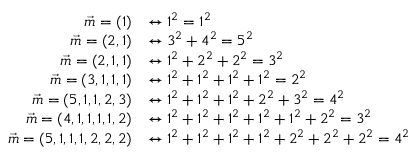
{ \begin{array} { r l } { { \vec { m } } = ( 1 ) } & { \leftrightarrow 1 ^ { 2 } = 1 ^ { 2 } } \\ { { \vec { m } } = ( 2 , 1 ) } & { \leftrightarrow 3 ^ { 2 } + 4 ^ { 2 } = 5 ^ { 2 } } \\ { { \vec { m } } = ( 2 , 1 , 1 ) } & { \leftrightarrow 1 ^ { 2 } + 2 ^ { 2 } + 2 ^ { 2 } = 3 ^ { 2 } } \\ { { \vec { m } } = ( 3 , 1 , 1 , 1 ) } & { \leftrightarrow 1 ^ { 2 } + 1 ^ { 2 } + 1 ^ { 2 } + 1 ^ { 2 } = 2 ^ { 2 } } \\ { { \vec { m } } = ( 5 , 1 , 1 , 2 , 3 ) } & { \leftrightarrow 1 ^ { 2 } + 1 ^ { 2 } + 1 ^ { 2 } + 2 ^ { 2 } + 3 ^ { 2 } = 4 ^ { 2 } } \\ { { \vec { m } } = ( 4 , 1 , 1 , 1 , 1 , 2 ) } & { \leftrightarrow 1 ^ { 2 } + 1 ^ { 2 } + 1 ^ { 2 } + 1 ^ { 2 } + 1 ^ { 2 } + 2 ^ { 2 } = 3 ^ { 2 } } \\ { { \vec { m } } = ( 5 , 1 , 1 , 1 , 2 , 2 , 2 ) } & { \leftrightarrow 1 ^ { 2 } + 1 ^ { 2 } + 1 ^ { 2 } + 1 ^ { 2 } + 2 ^ { 2 } + 2 ^ { 2 } + 2 ^ { 2 } = 4 ^ { 2 } } \end{array} }